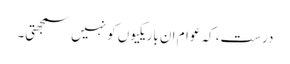
درست، کہ عوام ان باریکیوں کو نہیں سمجھتی۔